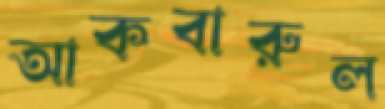
আকবারুল